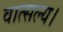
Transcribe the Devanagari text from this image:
वात्सल्य।